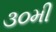
૩૦મી